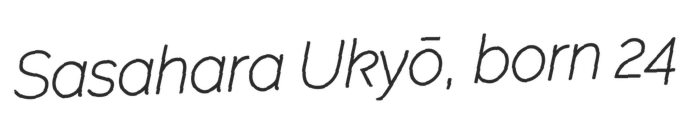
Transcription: Sasahara Ukyō, born 24